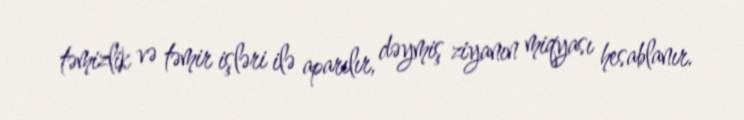
təmizlik və təmir işləri ilə aparılır, dəymiş ziyanın miqyası hesablanır.